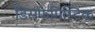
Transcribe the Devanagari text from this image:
डिसफेमिस्टिक